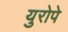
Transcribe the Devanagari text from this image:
युरोपे